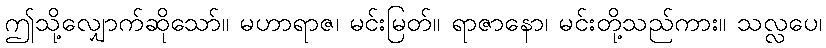
ဤသို့လျှောက်ဆိုသော်။ မဟာရာဇ၊ မင်းမြတ်။ ရာဇာနော၊ မင်းတို့သည်ကား။ သလ္လပေ၊